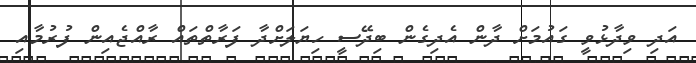
އަދި ވިދާޅުވީ ގައުމަށް ދާން އެދިގެން ބިދޭސީ ހިޔަލަށްދާ ފަރާތްތައް ރާއްޖެއިން ފުރުމާއި